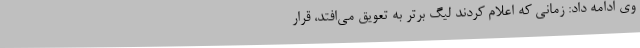
وی ادامه داد: زمانی که اعلام کردند لیگ برتر به تعویق می‌افتد، قرار